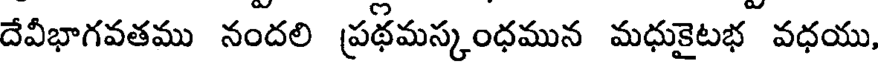
దేవీభాగవతము నందలి ప్రథమస్కంధమున మధుకైటభ వధయు,